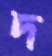
দ